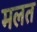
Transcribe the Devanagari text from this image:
मलत